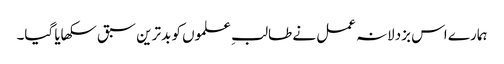
ہمارے اس بزدلانہ عمل نے طالبِ علموں کو بدترین سبق سکھایا گیا۔